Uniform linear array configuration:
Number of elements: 48
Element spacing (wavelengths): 0.5
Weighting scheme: hamming
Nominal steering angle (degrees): -60
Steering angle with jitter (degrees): -59.611
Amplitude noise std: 0.05
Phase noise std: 0.05

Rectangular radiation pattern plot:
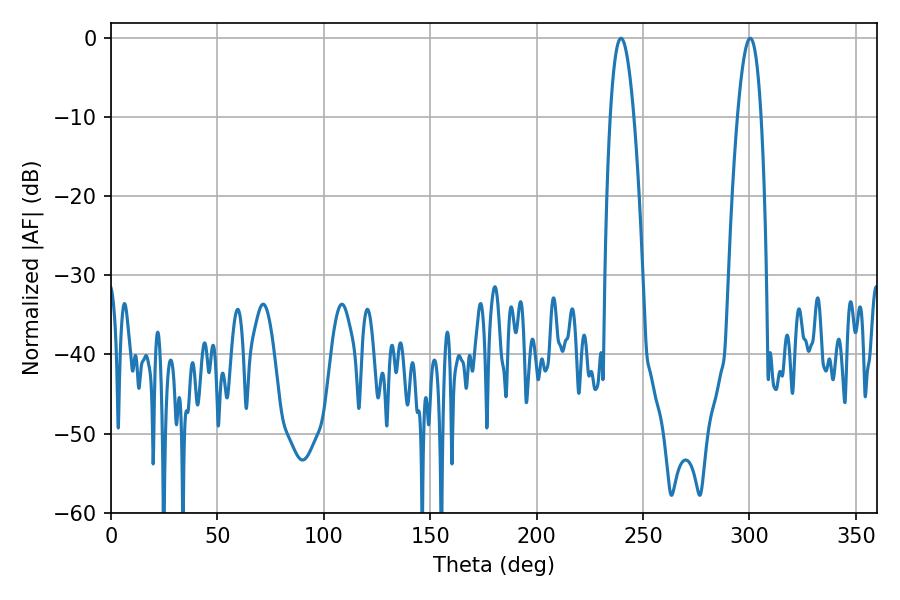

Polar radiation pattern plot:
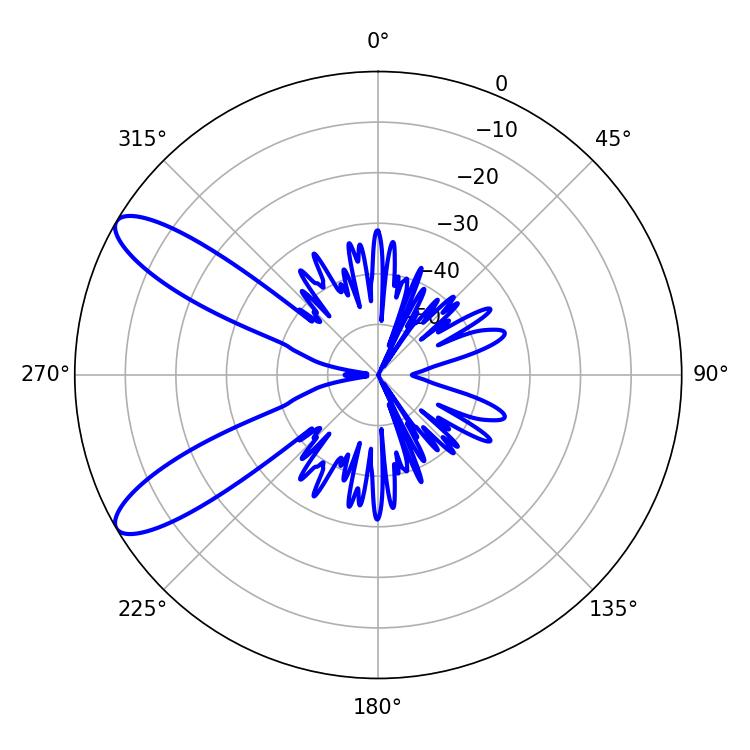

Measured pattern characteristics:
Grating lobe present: FALSE
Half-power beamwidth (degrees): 6.12
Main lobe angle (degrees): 239.58